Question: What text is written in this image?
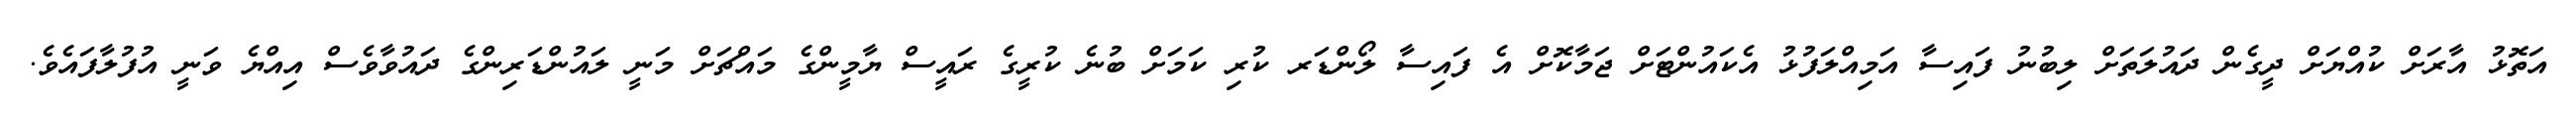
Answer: އަތޮޅު އާރަށް ކުއްޔަށް ދީގެން ދައުލަތަށް ލިބުނު ފައިސާ އަމިއްލަފުޅު އެކައުންޓަށް ޖަމާކޮށް އެ ފައިސާ ލޯންޑަރ ކުރި ކަމަށް ބުނެ ކުރީގެ ރައީސް ޔާމީންގެ މައްޗަށް މަނީ ލައުންޑަރިންގެ ދައުވާވެސް އިއްޔެ ވަނީ އުފުލާފައެވެ.